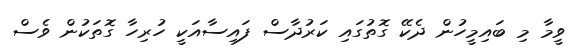
ވީމާ މި ބައިމީހުން ދެކޭ ގޮތުގައި ކަރުދާސް ފައިސާއަކީ ހުރިހާ ގޮތަކުން ވެސް